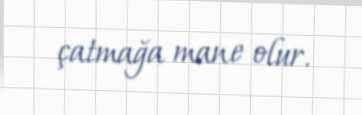
çatmağa mane olur.